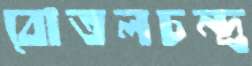
বোতলচন্দ্র